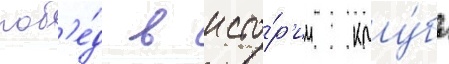
поб'е́д в исто́р'ии клу́ба